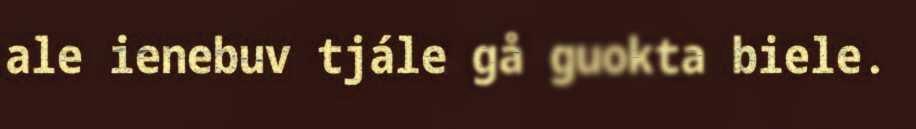
ale ienebuv tjále gå guokta biele.